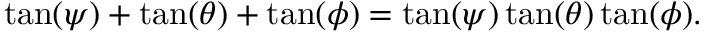
\tan ( \psi ) + \tan ( \theta ) + \tan ( \phi ) = \tan ( \psi ) \tan ( \theta ) \tan ( \phi ) .